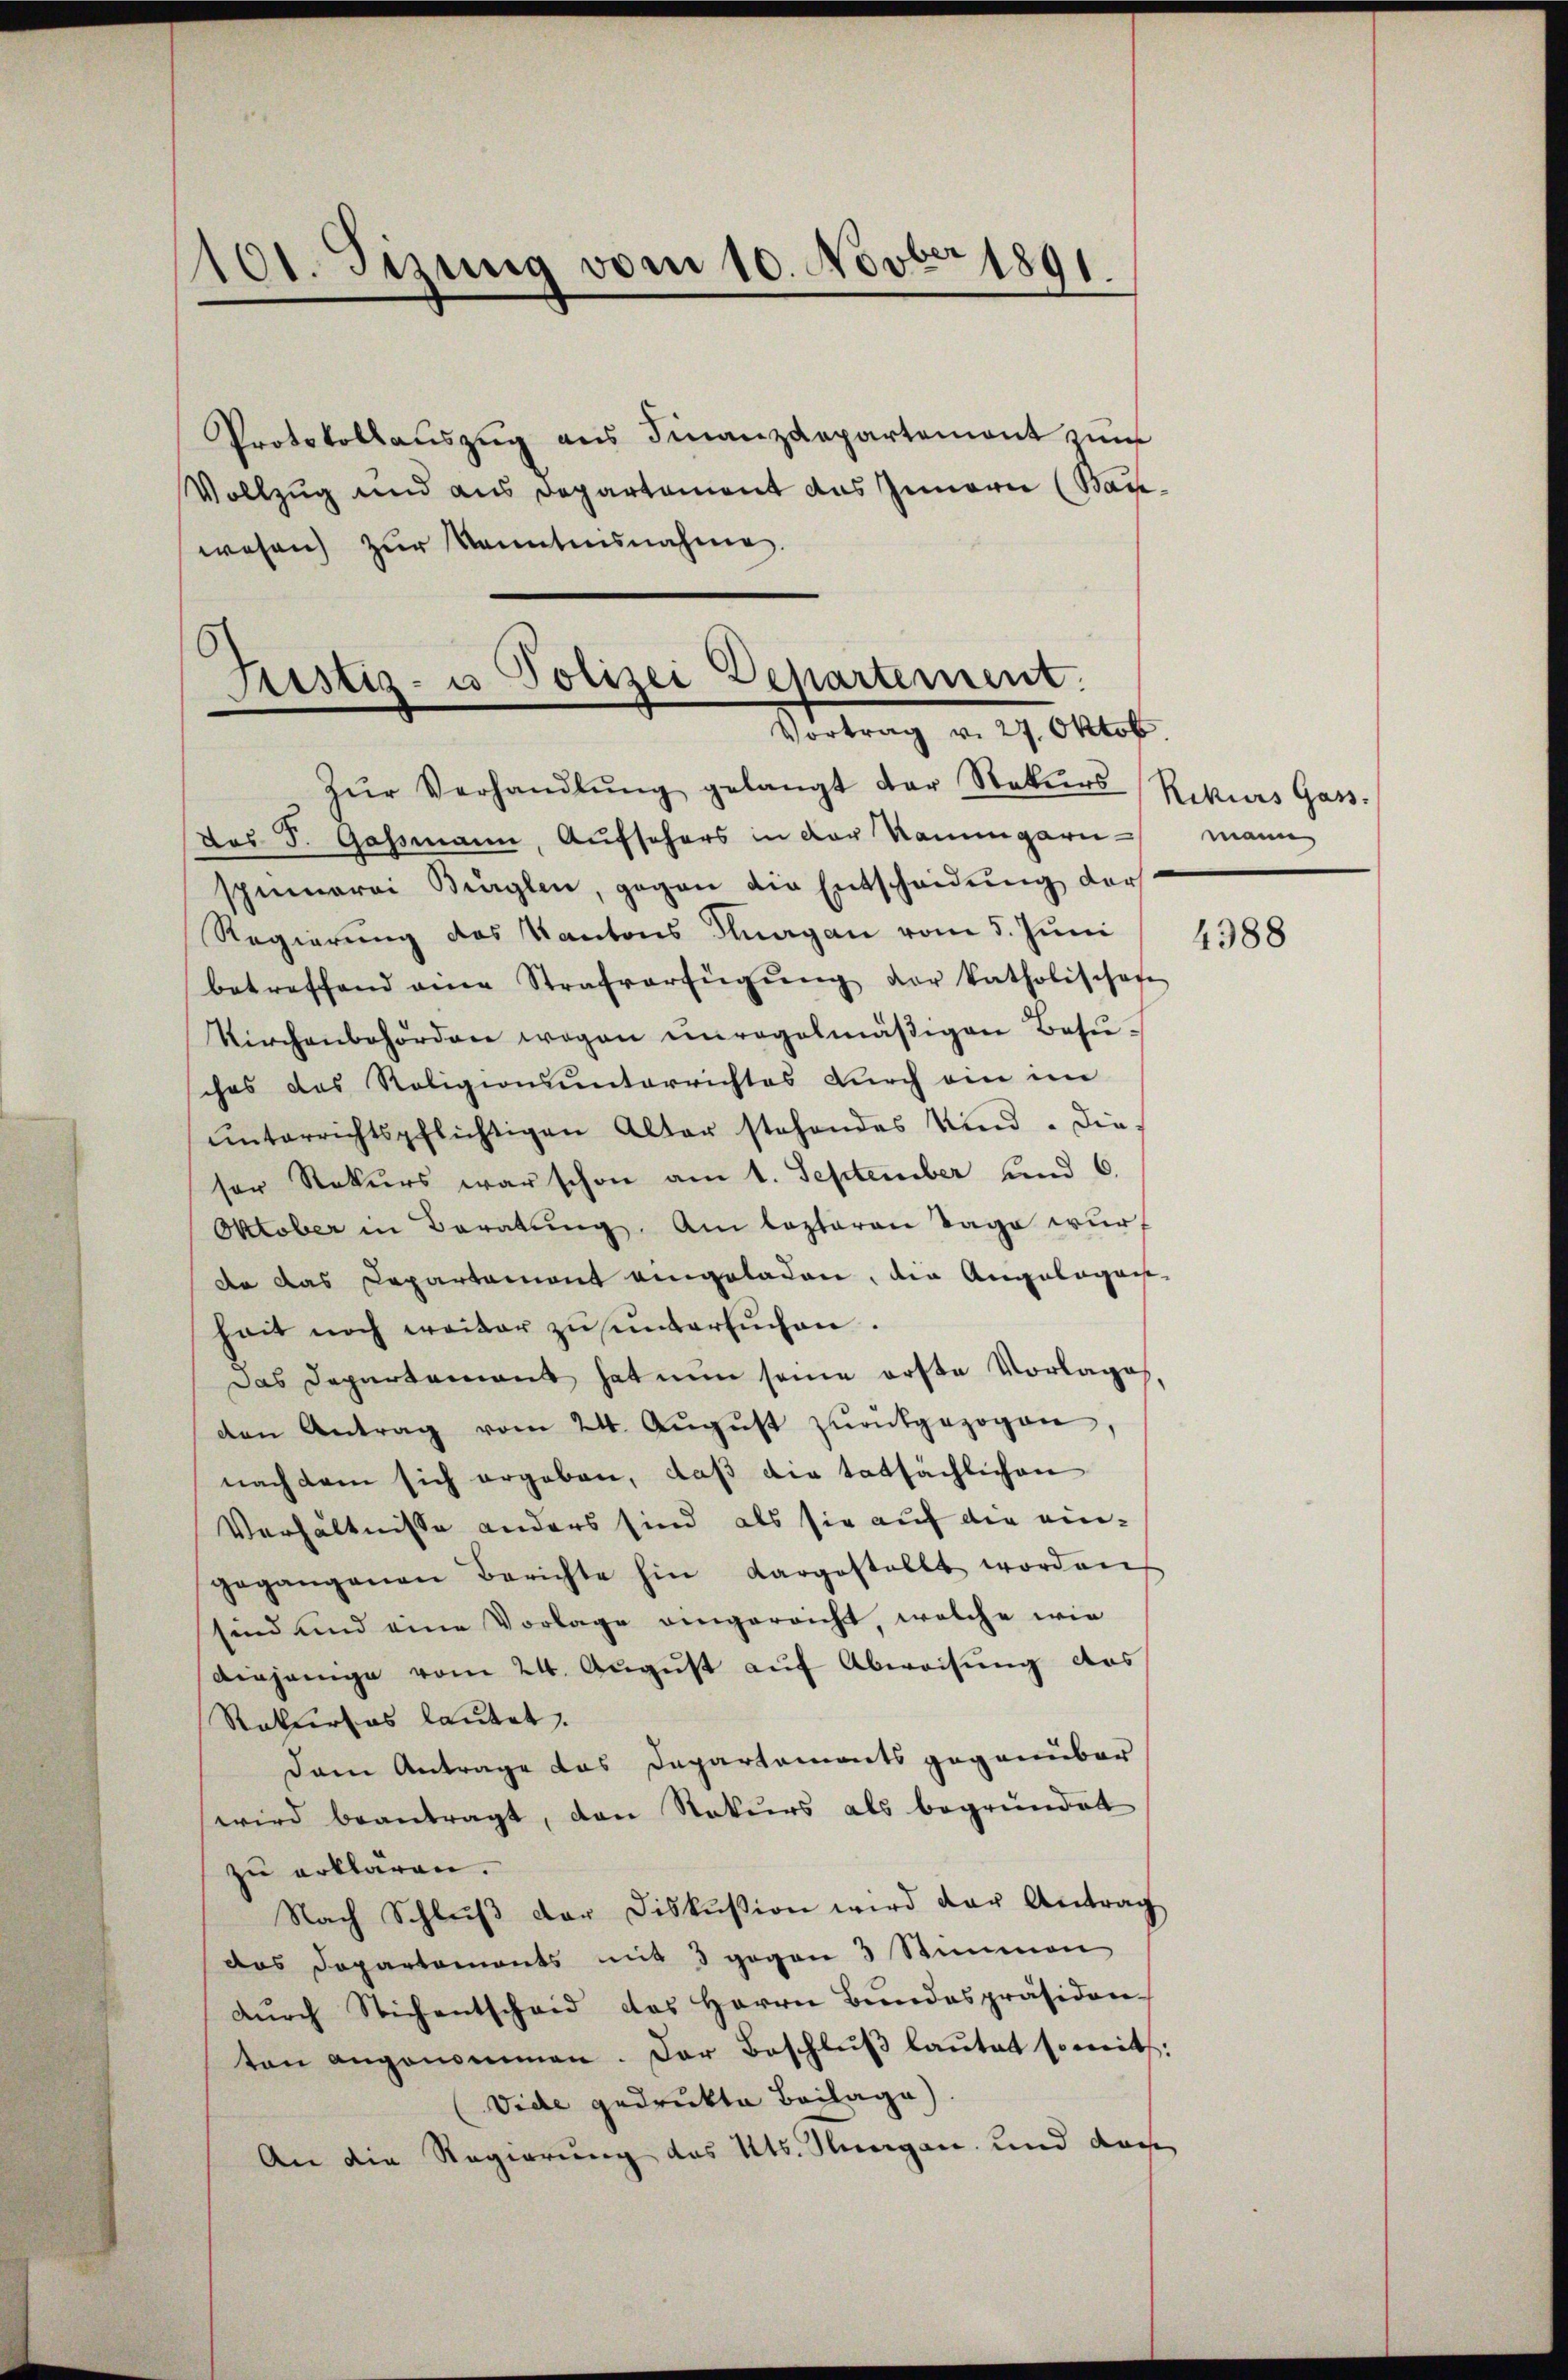
Protokollauszug aus Finanzdepartemont zum
Vollzug und aus Departement das Innern (Bau-
wesen zŭr Kenntnisnahme.

101. Sizung vom 10. Novber 1891

Fristiz- u Polizei Departement.
Vortrag v. 27. Oktob.

Zŭr Verhandlŭng gelangt der Rekŭrs Rekurs Gass.
Dos J. Gassmann, Aufschers in der kaumgarn mann
spinnerei Büglen, gegen die Entscheidung der
Regierung des Kantons Thurgau vom 5. Juni
betreffend eine Strafverfügŭng der katholischaf
Kirchenbehörden wegen unregelmäßigen Besu-
ches das Religionsunterrichtes durch ein im
ŭnterrichtspflichtigen Alter stehendes Kind. Die
ser Rekurs war schon am 1. September und 6.
Oktober in Beratung. Am lezteren Tage wurf
de das Capartament eingeladen, die Angelagan-
heit noch weiter zu untersuchen.
Das Departement hat nun seine erste Vorlage
den Antrag vom 24. Aŭgŭst zŭrückgezogen
nach dem sich ergeben, daß die tatsächlichen
Verhältnisse anders sind als sie auf die eingegangenen Berichte hin dargestellt worden
sind und eine Vorlage eingereicht, welche wie
Diejenige vom 24. August auf Abweisung des
Rekurses lautet.
Dem Antrage das Departements gegenüber
wird beantragt, den Stokurs als begründet
zu erklären.
Nach Schlŭβ der Diskussion wird der Antrag
das Departements mit 3 gegen 3 Stimmen
durch Stichentscheid des Herrn Bundespräsiden-
ten angenommen. Der Beschluß lautet somit:
Vide gedrukte Beilage)
An die Regierung des Kts. Hiergan und doch

4388